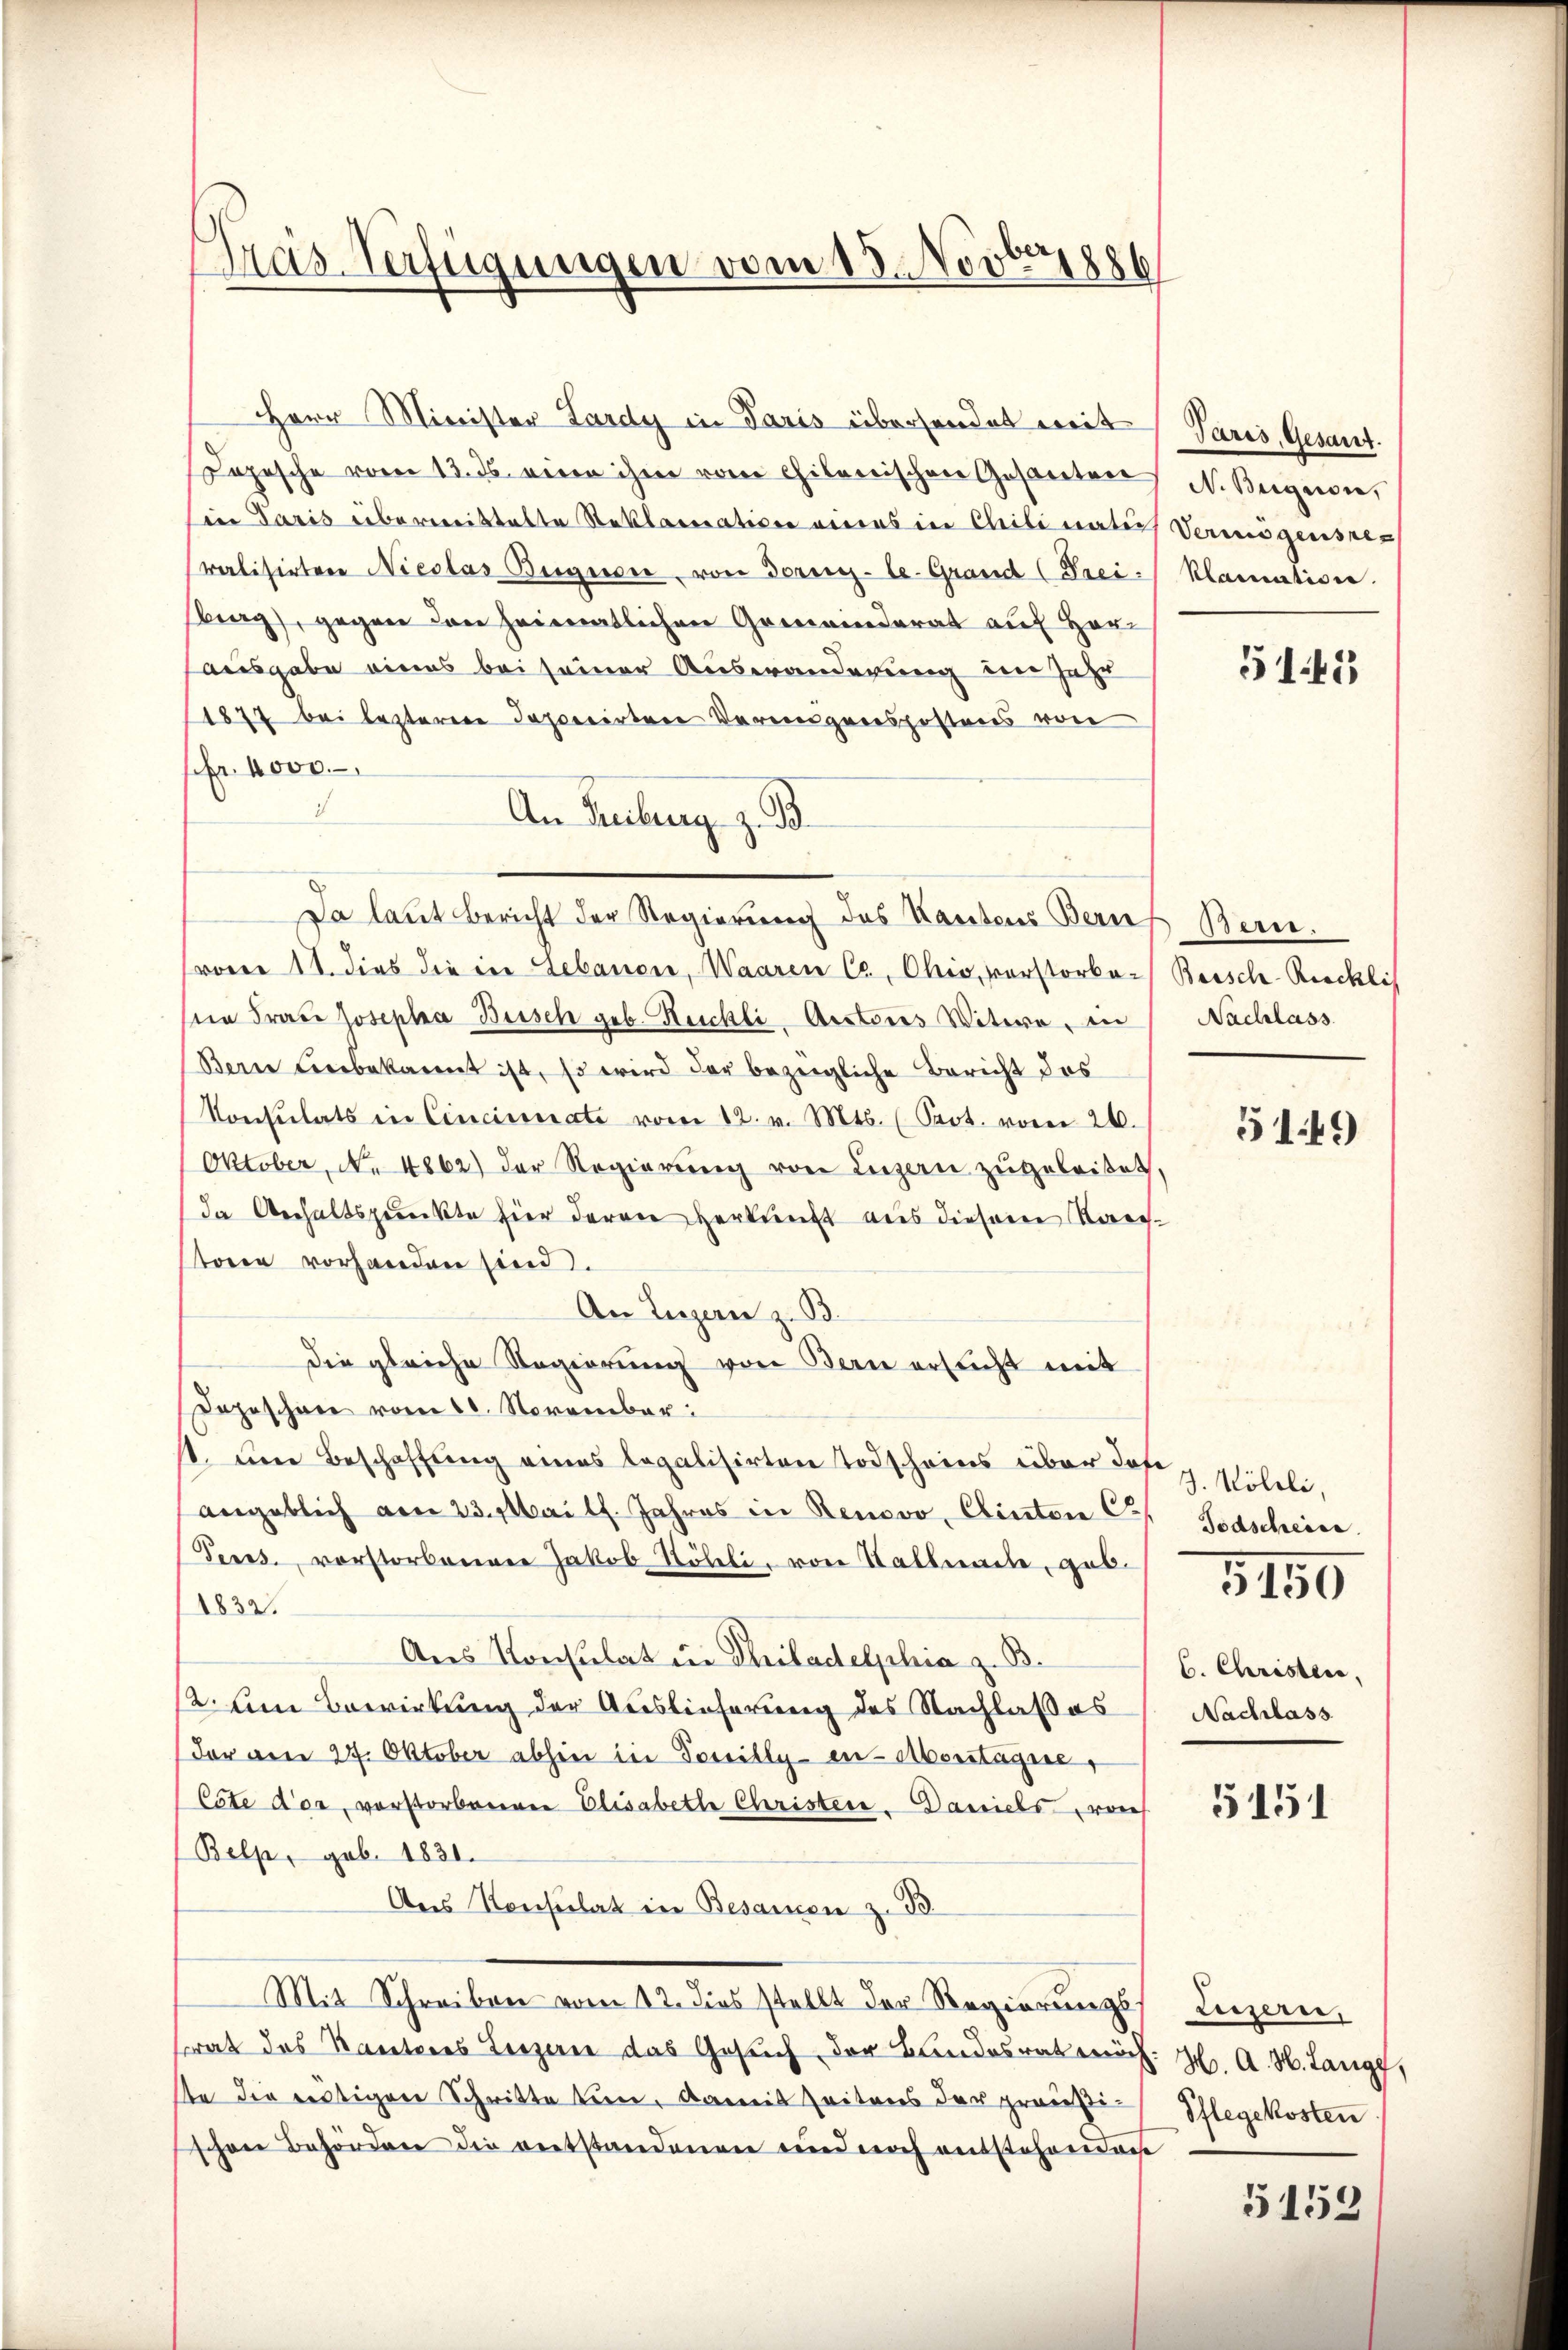
ras-Verfügungen vom 18. Novbr

Herr Minister Lardy in Paris übersendet mit
Jopische vom 13. ds. eine ihm vom Chilonischen Gesanten
in Paris überweistalte Reklamation eines in Chrili natis Vermögensreralisirtere Nicolas Bergersee, von Torenz-le-Grand (Freibrag, gegen den heimatlichen Gemeinderat auf Horausgabe eines bei seiner Auswanderung der Jahr
1877 bei lezterere Japerirten Verungenspostens von
fr. 4000.
An Freiburg z. B.
Da laut Bericht der Regierung des Kantons Baus Bern.
voren 11. dies die in Lebauen, Waaren Ca, Ohio, vorstorber Beisch-Riechlis
ten Frau Josepha Beisch geb. Kuchli, Aestores Witwe, in
Bern Leibekannt ist, so wird der bezeigliche Bericht des
Konsulats in Cincinate vom 12. v. Mts. (Prot. vom 26.
Oktober, No 4862) der Regierŭng von Luzern zŭgeleitet.
da Verhaltspunkte hier deren Herkunft aus diesem Radetonen vorhanden sind.
An Luzern z. B.
die gleiche Regierung von Bern ersucht mit
Dazeschen vom 10. November.
st. um Beschaffung eines legalisirten Todscheins über dos z. Völele,
angeblich am 23. Mai lt. Jahres in Renovo, Clinten Ca
Peres, vorstorbenen Jakob Nöbeli, von Stallmache, geb.
1832.
Aus Konsulat in Philadelphia z. B.
12. Um Bewirkung der Auslieferung des Nachlaß es
(der am 27. Oktober abhin in Possilly en Überstagne
Cete der, verstorbenen Elisabeth Christere. Daniels, von
Belp, geb. 1831.
Aus Konsulat in Besamen z. B.
Mit Schreiben vom 12. dies stellt der Regierungstrat das Kantores Luzern das Gesuch der Bundesrath H. A. H. Lange,
te die mutigen Schritte tun, damit Zeitens der preußi- Phlegekosten
schen Behörden die vertstandenen und noch entstehendenhe

Paris, Gesant.
N. Buignon,
klamation.

5145

Nachlass

5149

Todscheine

5150

b. Christler,
Nachlass

5151

Luzern,

5159